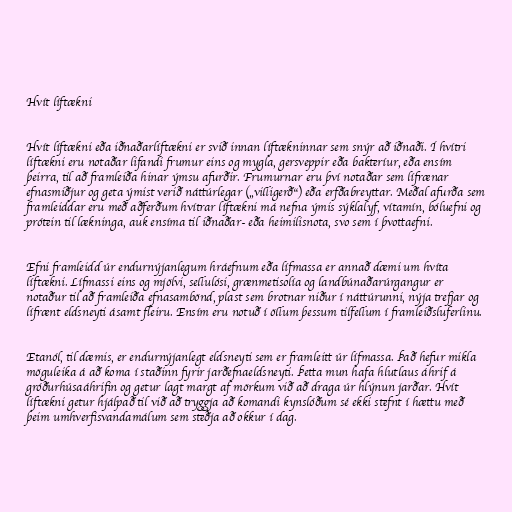
Hvít líftækni

Hvít líftækni eða iðnaðarlíftækni er svið innan líftækninnar sem snýr að iðnaði. Í hvítri
líftækni eru notaðar lifandi frumur eins og mygla, gersveppir eða bakteríur, eða ensím
þeirra, til að framleiða hinar ýmsu afurðir. Frumurnar eru því notaðar sem lífrænar
efnasmiðjur og geta ýmist verið náttúrlegar („villigerð“) eða erfðabreyttar. Meðal afurða sem
framleiddar eru með aðferðum hvítrar líftækni má nefna ýmis sýklalyf, vítamín, bóluefni og
prótein til lækninga, auk ensíma til iðnaðar- eða heimilisnota, svo sem í þvottaefni.

Efni framleidd úr endurnýjanlegum hráefnum eða lífmassa er annað dæmi um hvíta
líftækni. Lífmassi eins og mjölvi, sellulósi, grænmetisolía og landbúnaðarúrgangur er
notaður til að framleiða efnasambönd, plast sem brotnar niður í náttúrunni, nýja trefjar og
lífrænt eldsneyti ásamt fleiru. Ensím eru notuð í öllum þessum tilfellum í framleiðsluferlinu.

Etanól, til dæmis, er endurnýjanlegt eldsneyti sem er framleitt úr lífmassa. Það hefur mikla
möguleika á að koma í staðinn fyrir jarðefnaeldsneyti. Þetta mun hafa hlutlaus áhrif á
gróðurhúsaáhrifin og getur lagt margt af mörkum við að draga úr hlýnun jarðar. Hvít
líftækni getur hjálpað til við að tryggja að komandi kynslóðum sé ekki stefnt í hættu með
þeim umhverfisvandamálum sem steðja að okkur í dag.